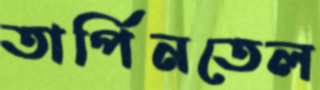
তার্পিনতেল